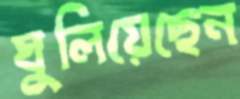
ঘুলিয়েছেন